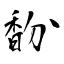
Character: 馚